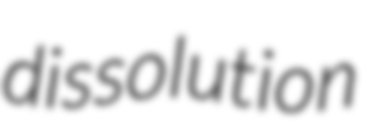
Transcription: dissolution